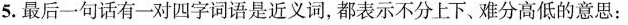
5.最后一句话有一对四字词语是近义词，都表示不分上下、难分高低的意思：